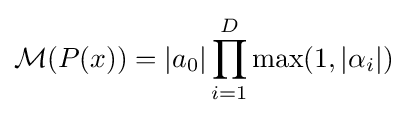
{\mathcal {M}}(P(x))=|a_{0}|\prod _{i=1}^{D}\max(1,|\alpha _{i}|)